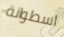
اسطوانة